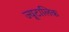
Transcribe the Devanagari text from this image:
ज्यूटालिक